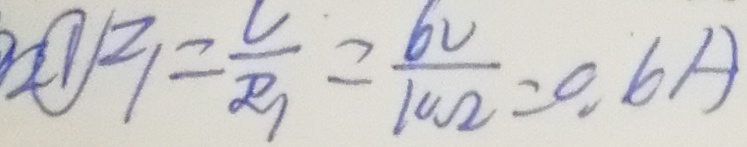
I _ { 1 } = \frac { U } { R _ { 1 } } = \frac { 6 V } { 1 0 \Omega } = 0 . 6 A